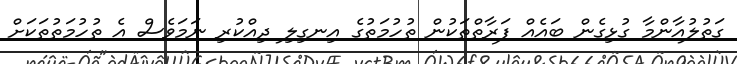
ގަތުލުއާންމާ ގުޅިގެން ބައެއް ފަރާތްތަކުން ތުހުމަތުގެ އިނގިލި ދިއްކުރި ނަމަވެސް އެ ތުހުމަތުތަކަށް